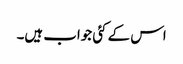
اس کے کئی جواب ہیں۔